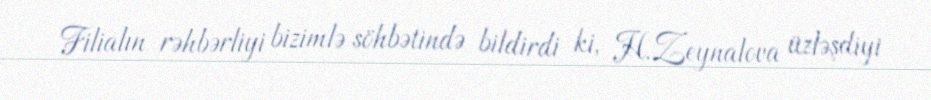
Filialın rəhbərliyi bizimlə söhbətində bildirdi ki, H.Zeynalova üzləşdiyi